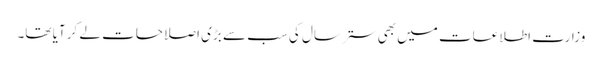
وزارت اطلاعات میں بھی ستر سال کی سب سے بڑی اصلاحات لے کر آیا تھا۔